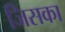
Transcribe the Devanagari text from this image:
जिसका